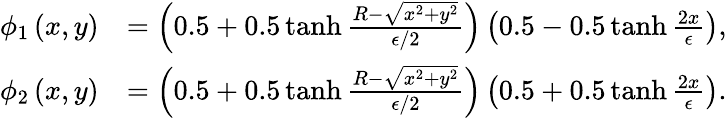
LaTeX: \begin{array}{rl}{\phi_{1}\left(x,y\right)}&{=\left(0.5+0.5\operatorname{tanh}\frac{R-\sqrt{x^{2}+y^{2}}}{\epsilon/2}\right)\left(0.5-0.5\operatorname{tanh}\frac{2x}{\epsilon}\right),}\\ {\phi_{2}\left(x,y\right)}&{=\left(0.5+0.5\operatorname{tanh}\frac{R-\sqrt{x^{2}+y^{2}}}{\epsilon/2}\right)\left(0.5+0.5\operatorname{tanh}\frac{2x}{\epsilon}\right).}\end{array}